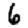
Digit: 6